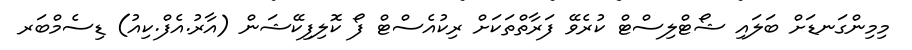
މިމިންގަނޑަށް ބަލައި ޝޯޓްލިސްޓް ކުރެވޭ ފަރާތްތަކަށް ރިކުއެސްޓް ފޯ ކޮލިފިކޭޝަން (އާރު.އެފް.ކިއު) ޑިސެމްބަރ